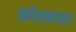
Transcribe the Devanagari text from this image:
फ़ॉसफ़ाइड